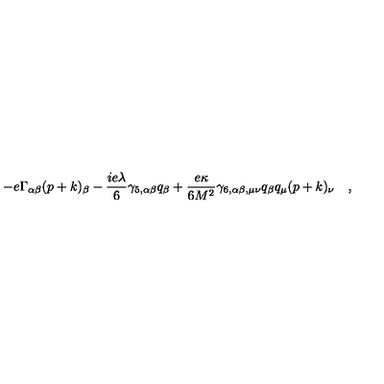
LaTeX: - e \Gamma _ { \alpha \beta } ( p + k ) _ { \beta } - { \frac { i e \lambda } { 6 } } \gamma _ { 5 , \alpha \beta } q _ { \beta } + { \frac { e \kappa } { 6 M ^ { 2 } } } \gamma _ { 6 , \alpha \beta , \mu \nu } q _ { \beta } q _ { \mu } ( p + k ) _ { \nu } \quad ,